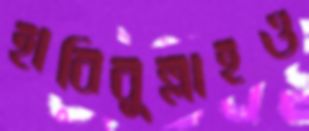
হাবিবুল্লাহও